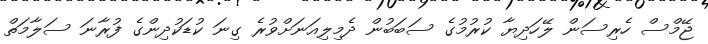
ޖޭމްސް ހެރިސަން ލޭހަދިޔާ ކުރުމުގެ ސަބަބުން ދެމިލިއަނަށްވުރެ ގިނަ ކުޑަކުދިންގެ ފުރާނަ ސަލާމަތް